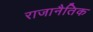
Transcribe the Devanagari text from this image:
राजानैतिक